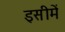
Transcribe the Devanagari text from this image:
इसीमें